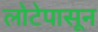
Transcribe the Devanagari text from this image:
लोटेपासून